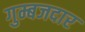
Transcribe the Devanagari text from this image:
गुम्बजदार